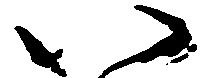
い